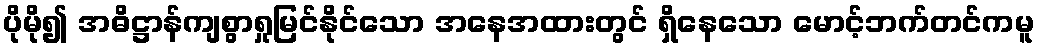
ပိုမို၍ အဓိဋ္ဌာန်ကျစွာရှုမြင်နိုင်သော အနေအထားတွင် ရှိနေသော မောင့်ဘက်တင်ကမူ